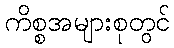
ကိစ္စအများစုတွင်